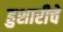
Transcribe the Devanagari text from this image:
हुशारीचे